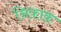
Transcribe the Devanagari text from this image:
निफ़ाक़